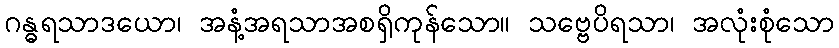
ဂန္ဓရသာဒယော၊ အနံ့အရသာအစရှိကုန်သော။ သဗ္ဗေပိရသာ၊ အလုံးစုံသော